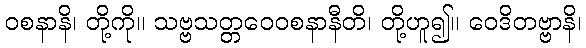
ဝစနာနိ၊ တို့ကို။ သဗ္ဗသတ္တဝေဝစနာနီတိ၊ တို့ဟူ၍။ ဝေဒိတဗ္ဗာနိ၊